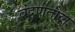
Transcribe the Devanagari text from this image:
वंदणेतील